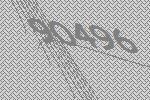
90496